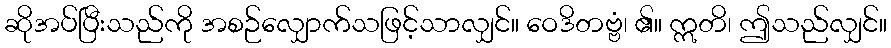
ဆိုအပ်ပြီးသည်ကို အစဉ်လျှောက်သဖြင့်သာလျှင်။ ဝေဒိတဗ္ဗံ၊ ၏။ ဣတိ၊ ဤသည်လျှင်။